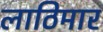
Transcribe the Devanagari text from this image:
लाठिमार